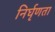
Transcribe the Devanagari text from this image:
निर्घृणता